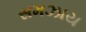
સમઝાય